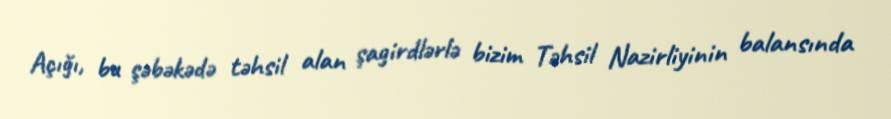
Açığı, bu şəbəkədə təhsil alan şagirdlərlə bizim Təhsil Nazirliyinin balansında